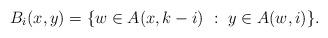
LaTeX: \begin{align*}B_i(x,y)=\{w\in A(x,k-i)\ :\ y\in A(w,i)\}.\end{align*}